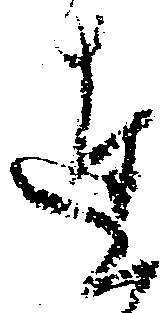
達